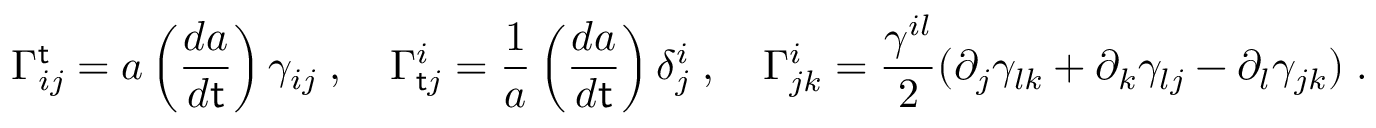
\Gamma _ { i j } ^ { \sf t } = a \left( \frac { d a } { d { \sf t } } \right) \gamma _ { i j } \; , ~ ~ ~ \Gamma _ { { \sf t } j } ^ { i } = \frac { 1 } { a } \left( \frac { d a } { d { \sf t } } \right) \delta _ { j } ^ { i } \; , ~ ~ ~ \Gamma _ { j k } ^ { i } = \frac { \gamma ^ { i l } } { 2 } ( \partial _ { j } \gamma _ { l k } + \partial _ { k } \gamma _ { l j } - \partial _ { l } \gamma _ { j k } ) \; .